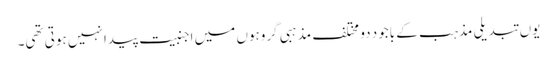
یوں تبدیلی مذہب کے باجود دو مختلف مذہبی گروہوں میں اجنبیت پیدا نہیں ہوتی تھی۔